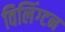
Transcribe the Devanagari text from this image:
विलिंग्टन